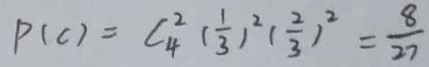
P ( C ) = C _ { 4 } ^ { 2 } ( \frac { 1 } { 3 } ) ^ { 2 } ( \frac { 2 } { 3 } ) ^ { 2 } = \frac { 8 } { 2 7 }